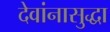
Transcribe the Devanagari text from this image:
देवांनासुद्धा